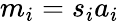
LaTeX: m_{i}=s_{i}a_{i}